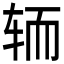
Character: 𮝵